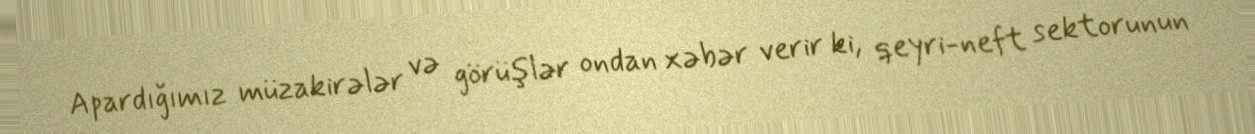
Apardığımız müzakirələr və görüşlər ondan xəbər verir ki, qeyri-neft sektorunun